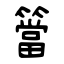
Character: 簹